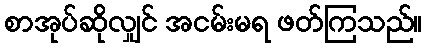
စာအုပ်ဆိုလျှင် အငမ်းမရ ဖတ်ကြသည်။